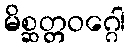
မိစ္ဆတ္တဝဂ္ဂေါ